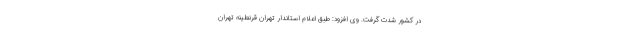
در کشور شدت گرفت. وی افزود: طبق اعلام استاندار تهران قرنطینه تهران